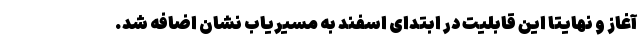
آغاز و نهایتا این قابلیت در ابتدای اسفند به مسیریاب نشان اضافه شد.